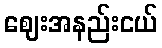
ဈေးအနည်းငယ်